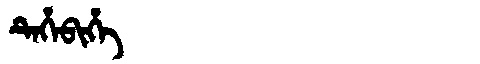
Manchu: ᡨᡝᡥᡝᠪᡳᡥᡝ
Romanization: TEHEBIHE